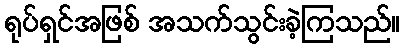
ရုပ်ရှင်အဖြစ် အသက်သွင်းခဲ့ကြသည်။